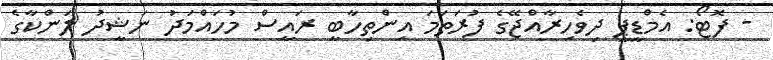
- ފޮޓޯ: އެމްޑީޕީ ދިވެހިރާއްޖޭގެ ފުރަތަމަ އިންތިހާބީ ރައީސް މުހައްމަދު ނަޝީދު ލަންކާގެ